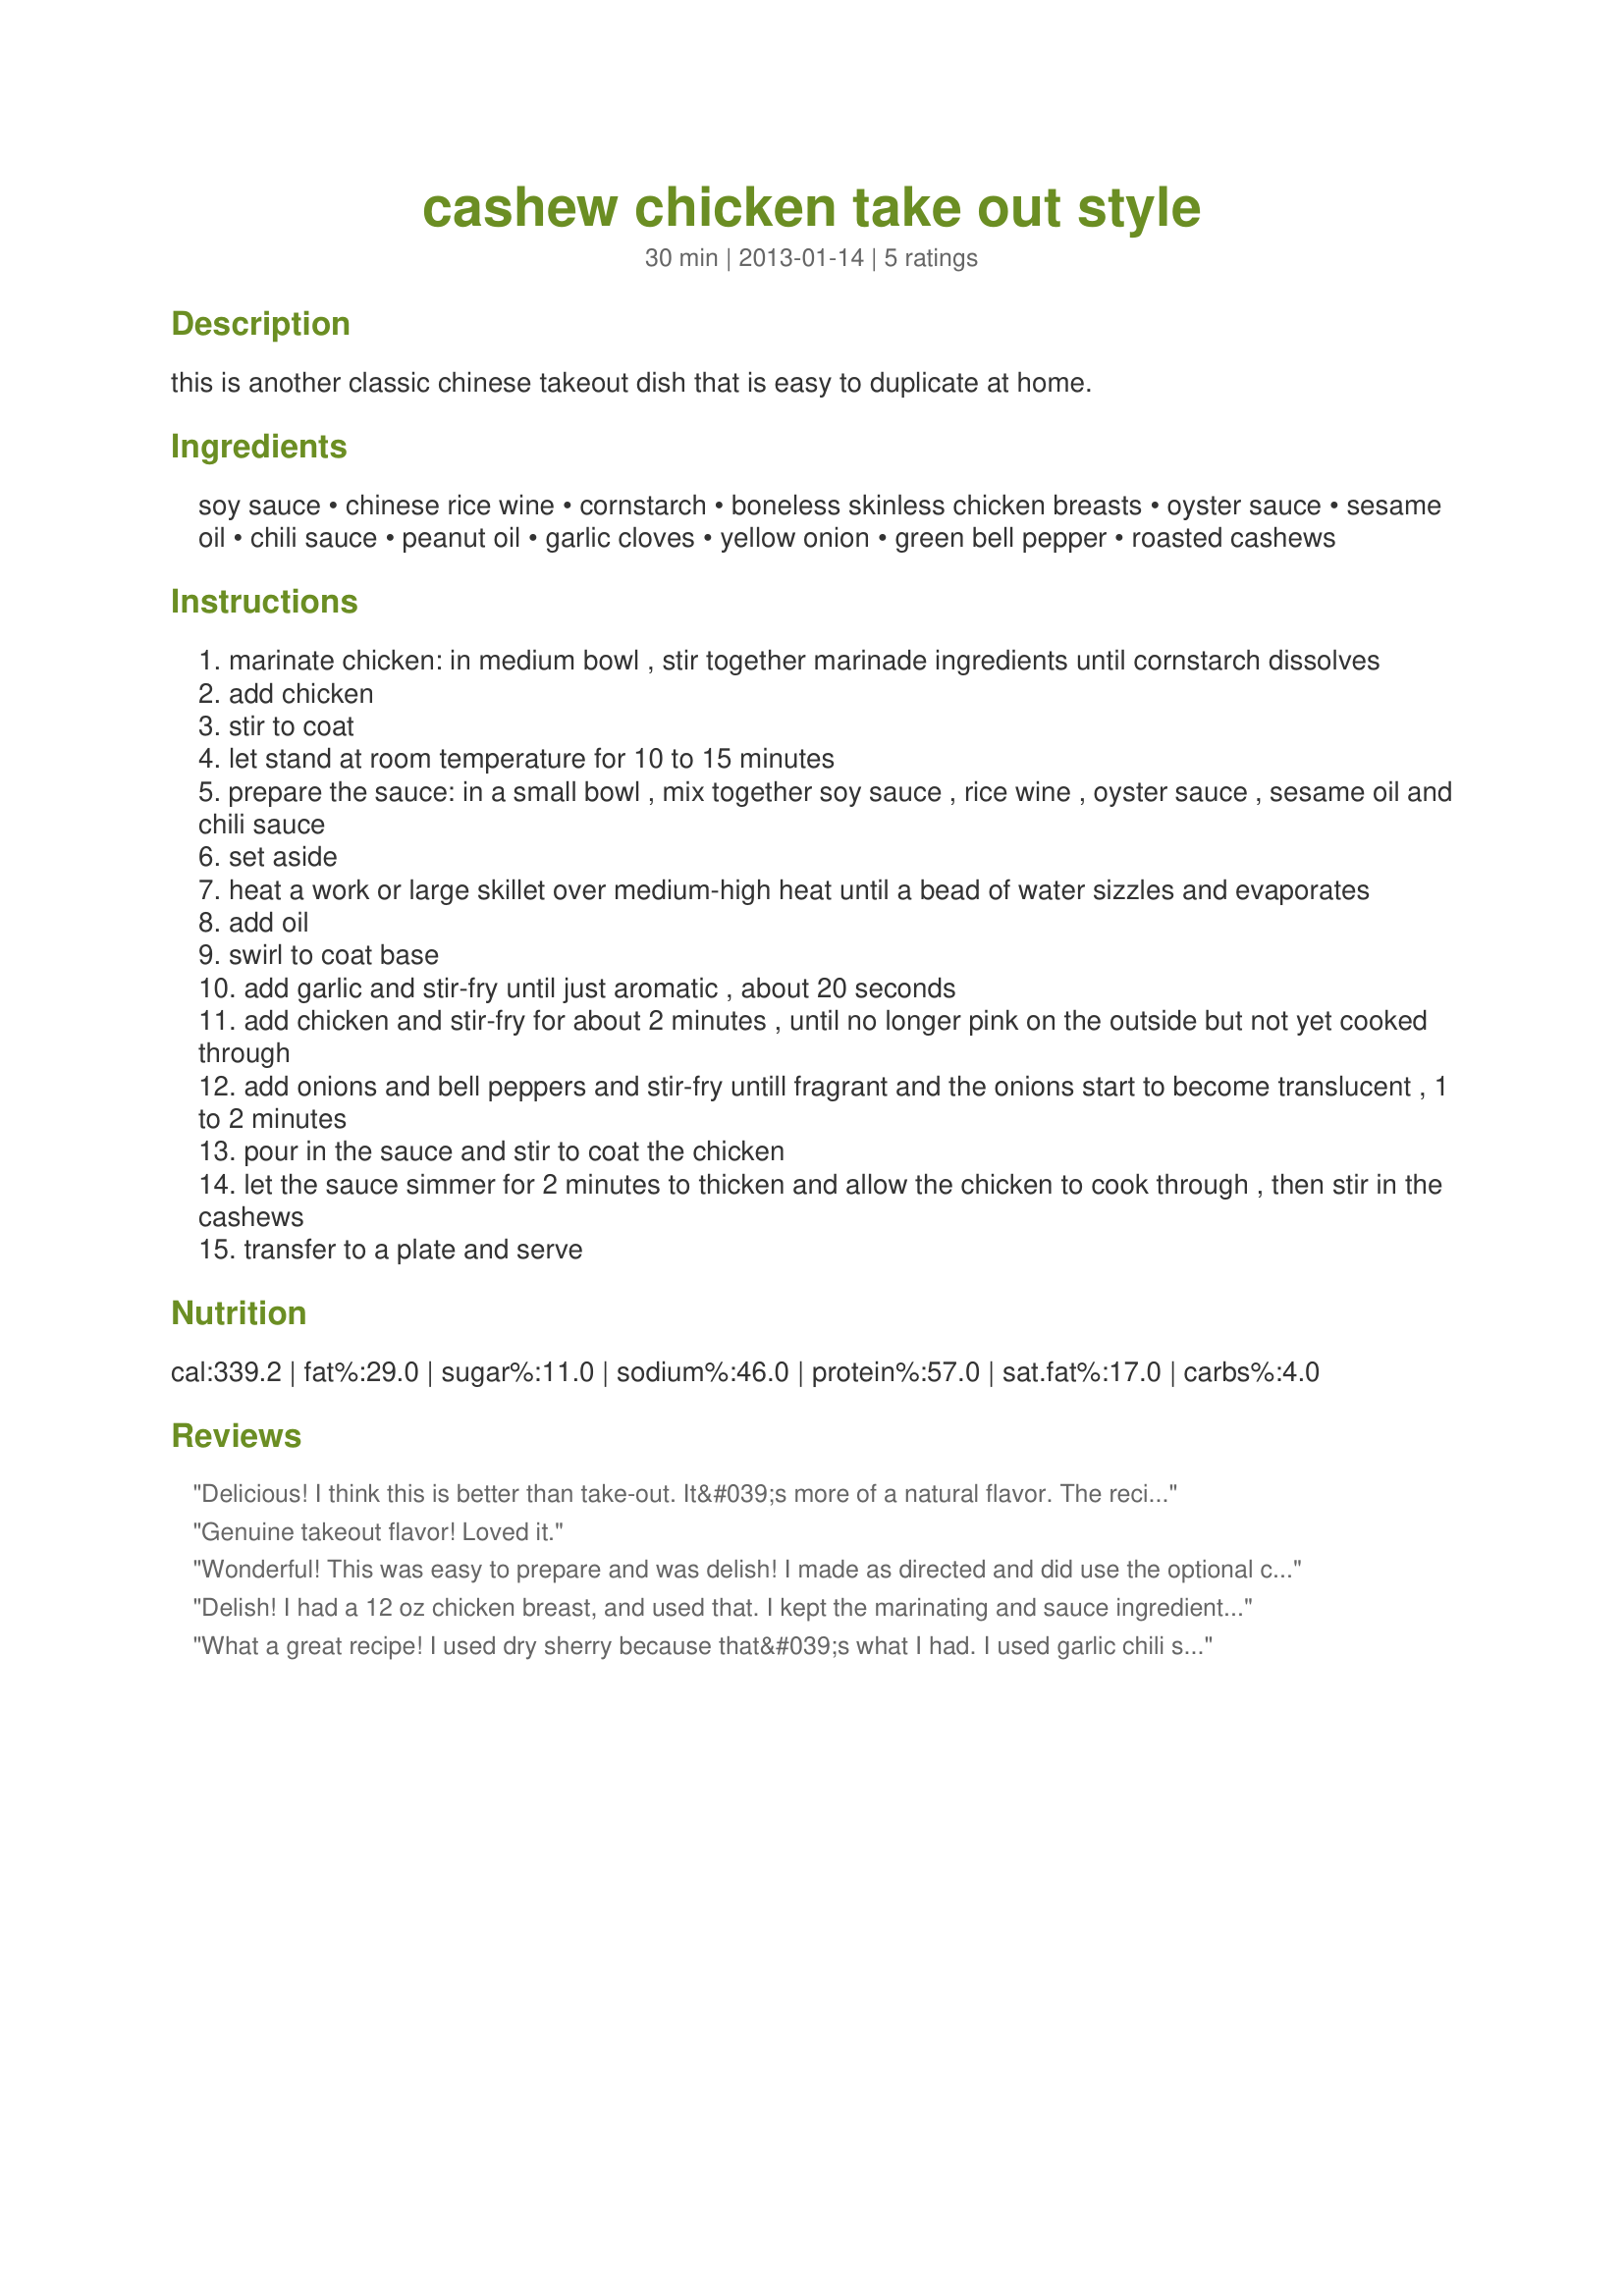
cashew chicken take out style
Preparation time: 30 minutes

this is another classic chinese takeout dish that is easy to duplicate at home.

Ingredients:
soy sauce, chinese rice wine, cornstarch, boneless skinless chicken breasts, oyster sauce, sesame oil, chili sauce, peanut oil, garlic cloves, yellow onion, green bell pepper, roasted cashews

Steps:
marinate chicken: in medium bowl , stir together marinade ingredients until cornstarch dissolves
add chicken
stir to coat
let stand at room temperature for 10 to 15 minutes
prepare the sauce: in a small bowl , mix together soy sauce , rice wine , oyster sauce , sesame oil and chili sauce
set aside
heat a work or large skillet over medium-high heat until a bead of water sizzles and evaporates
add oil
swirl to coat base
add garlic and stir-fry until just aromatic , about 20 seconds
add chicken and stir-fry for about 2 minutes , until no longer pink on the outside but not yet cooked through
add onions and bell peppers and stir-fry untill fragrant and the onions start to become translucent , 1 to 2 minutes
pour in the sauce and stir to coat the chicken
let the sauce simmer for 2 minutes to thicken and allow the chicken to cook through , then stir in the cashews
transfer to a plate and serve

Reviews:
Delicious! I think this is better than take-out. It&#039;s more of a natural flavor. The recipe is quick to prepare and very flavorful. I used Sriracha and the amount added just a hint of spice/heat, without being too much. I used Mirin (rice wine) and it was lovely with the other sauces. I served this over brown rice. This simple yet delicious dinner is going into my best-of-the-best file. Thank you!
Genuine takeout flavor! Loved it.
Wonderful! This was easy to prepare and was delish! I made as directed and did use the optional chili sauce. Thanks Jackie for another great keeper. Made for Culinary Quest 2014.
Delish! I had a 12 oz chicken breast, and used that. I kept the marinating and sauce ingredients as listed. So easy to make and just delicious! I steamed broccoli and added that to the mix, and served over ramen noodles without the flavor packet. So good! Thanks for sharing! Made for Rookie Tag game.
What a great recipe! I used dry sherry because that&#039;s what I had. I used garlic chili sauce and it was not too spicy. If you want some heat, you should use more. I was debating whether to make more sauce, but decided to stick with the amounts given and I thought it was perfect. Since we were eating in shifts tonight, I added cashews after plating so they wouldn&#039;t get soggy. Thanks for sharing. Made for Best of 2013 tag.
